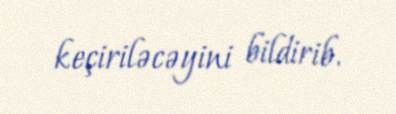
keçiriləcəyini bildirib.